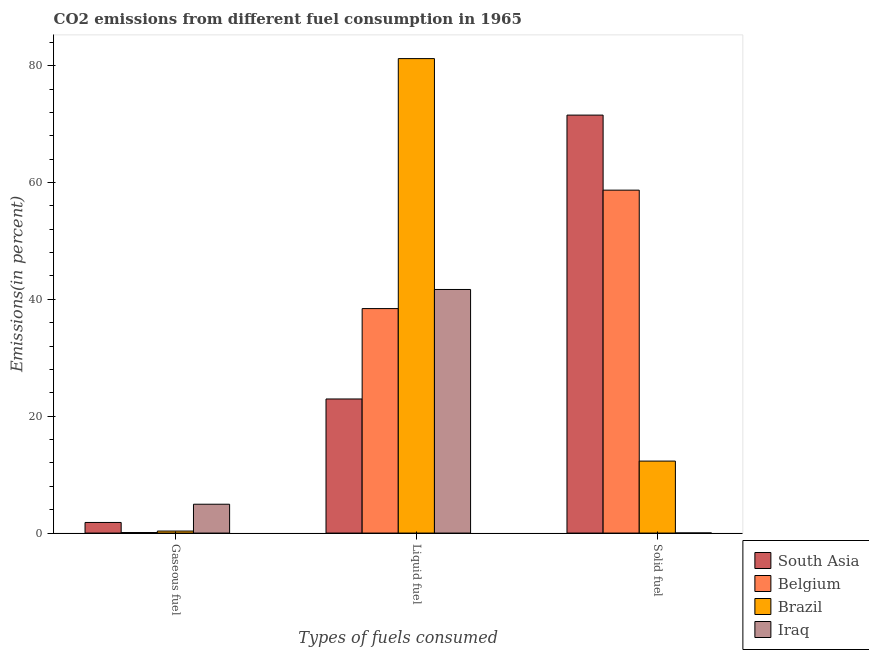
| Types of fuels consumed | South Asia | Belgium | Brazil | Iraq |
 | --- | --- | --- | --- | --- |
 | Gaseous fuel | 1.82 | 0.0904 | 0.345 | 4.94 |
 | Liquid fuel | 23 | 38.4 | 81.2 | 41.7 |
 | Solid fuel | 71.5 | 58.7 | 12.3 | 0.019 |